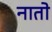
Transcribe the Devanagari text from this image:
नातो